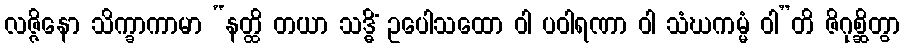
လဇ္ဇိနော သိက္ခာကာမာ “နတ္ထိ တယာ သဒ္ဓိံ ဥပေါသထော ဝါ ပဝါရဏာ ဝါ သံဃကမ္မံ ဝါ”တိ ဇိဂုစ္ဆိတွာ